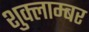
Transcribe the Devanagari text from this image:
शुक्लाम्बर